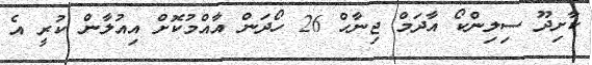
ކާށިދޫ ސިލިންކޯ އާދަމް ޖިނާހް 26 ހޯދަން އާއްމުކޮށް އިއުލާން ކުރީ އެ